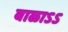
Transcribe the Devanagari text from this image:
बाळाऽऽ